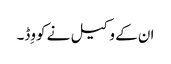
ان کے وکیل نے کووِڈ۔